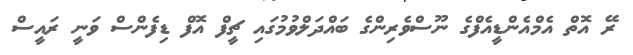
ރޭ އޮތް އެމްއެންޑީއެފްގެ ނޫސްވެރިންގެ ބައްދަލްވުމުގައި ޗީފް އޮފް ޑިފެންސް ވަނީ ރައީސް